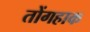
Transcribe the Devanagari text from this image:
तोंगहाक